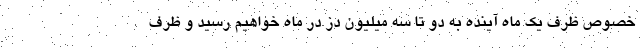
خصوص ظرف یک ماه آینده به دو تا سه میلیون دز در ماه خواهیم رسید و ظرف